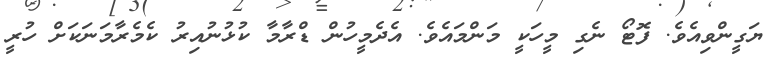
ޔަގީންވިއެވެ. ފޮޓޯ ނެގި މީހަކީ މަންމައެވެ. އެދެމީހުން ޑްރާމާ ކުޅުނުއިރު ކެމެރާމަނަކަށް ހުރީ